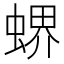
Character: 𧎁